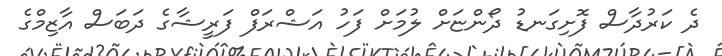
ދެ ކަރުދާސް ފޮށިގަނޑު ދޯންޏަށް ލުމަށް ފަހު އަޝްރަފް ފަރީޝާގެ ދަބަސް އާޒިމްގެ